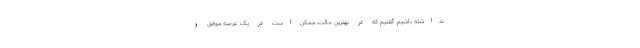
نداشته باشیم. گفتیم که در بهترین حالت، ممکن است در یک عرصه موفق و